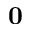
\mathbf { 0 }